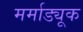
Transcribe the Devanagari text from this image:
मर्माड्यूक